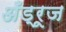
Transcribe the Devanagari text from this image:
अँड्रूज